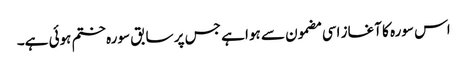
اس سورہ کا آغاز اسی مضمون سے ہوا ہے جس پر سابق سورہ ختم ہوئی ہے۔